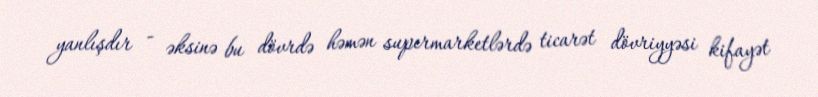
yanlışdır - əksinə bu dövrdə həmən supermarketlərdə ticarət dövriyyəsi kifayət